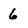
Character: 6